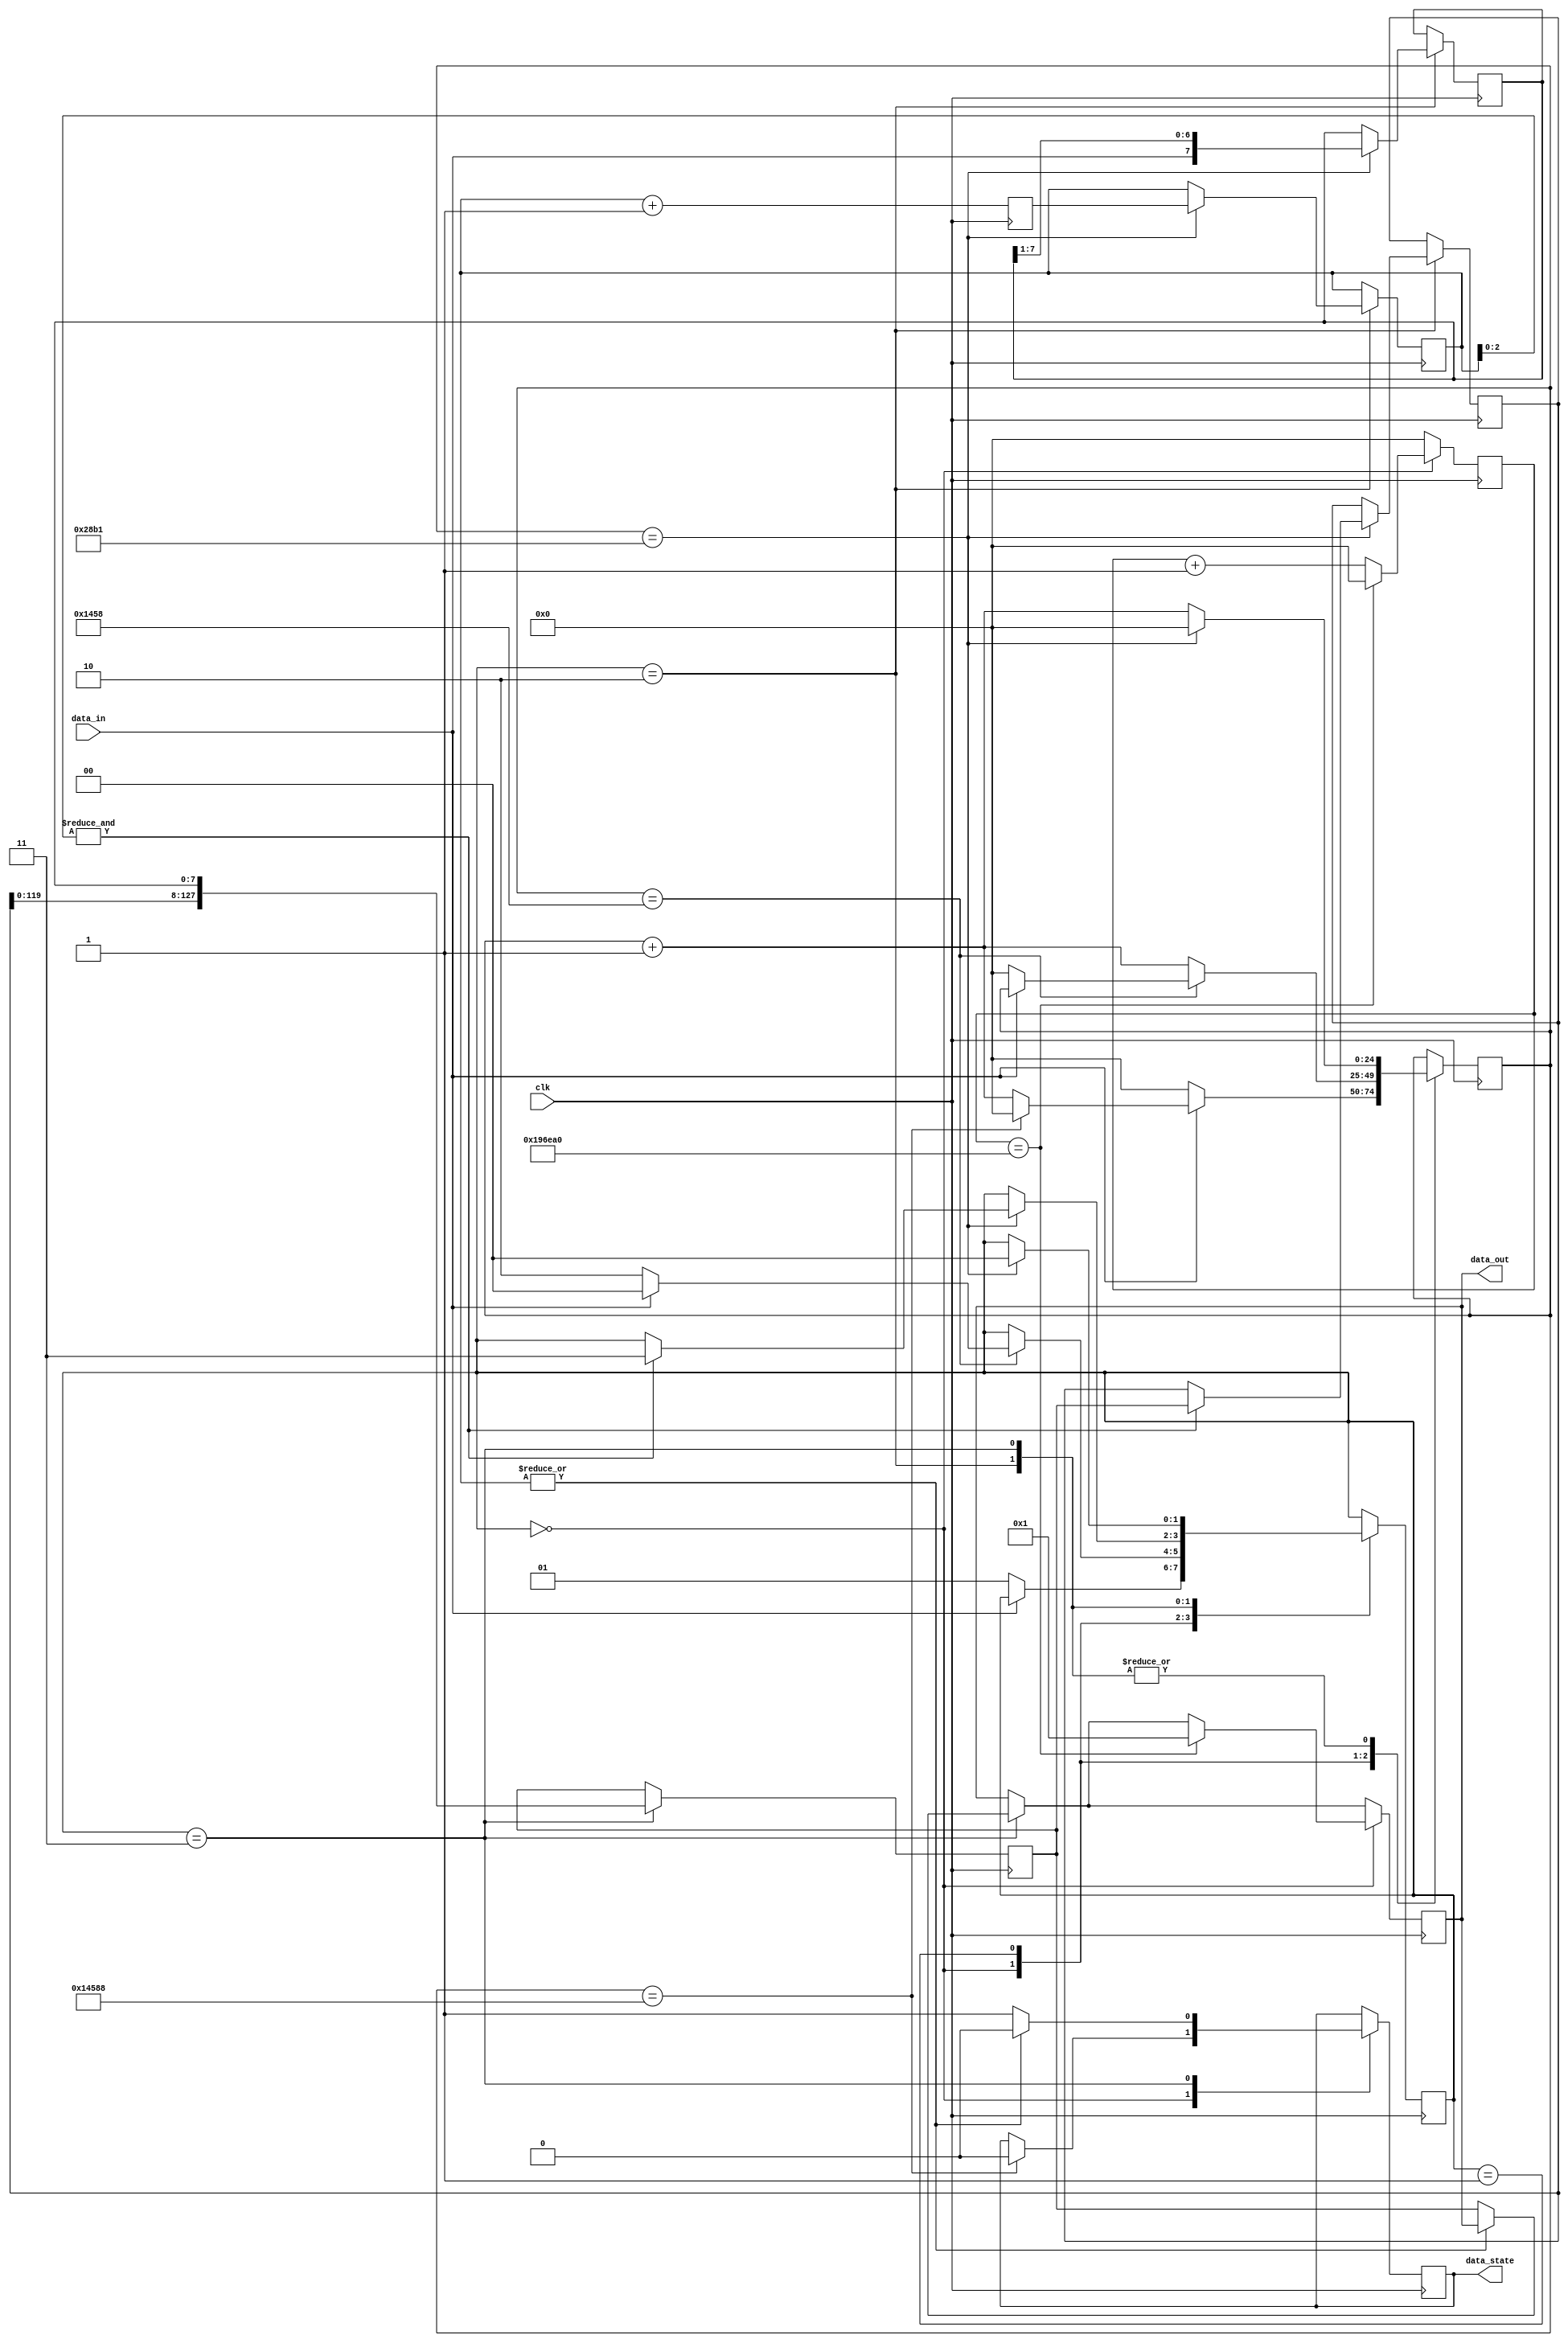
`timescale 1ns / 1ps

module rx(
    clk,//clock of fpga
    data_in,// the reciver pin in fpga
    data_state,
    data_out // the data obtained
    );
input clk,data_in;
output [127:0] data_out;
output  data_state;

//change these to change baud rate
parameter clock_speed=100000000;//speed of the FPGA clock
parameter baud_rate=9600;//the number of bits you need per second
parameter clock_per_bit=10417;// number of clock cycles your hardware can afford per bit


//states
reg[1:0] state=2'b0;//STATES
localparam init=2'd0,start=2'd1,readdata=2'd2,stop=2'd3;//states

//registers
reg[24:0] clock_counter=24'b0;//counts how many clock cycles passed
reg[24:0] temp_clock_counter=24'b0;//counts how many clock cycles passed
reg[7:0] output_array=8'b0;//stores the recieved bits
reg[6:0] no_data_recieved=7'b0,temp_no_data_recieved=3'b0;//counts how many data bits recieved
reg[127:0] temp_temp_data_out=128'b0,temp_data_out=128'b0,data_out128=128'b1;//holds 128 bit data

reg temp_data_state=0;
reg [18:0] data_state_counter=0;

always@(posedge clk) begin
case (state)
//stays in idle state
init:
    begin
    if (clock_counter==clock_per_bit<<3)
    begin
    temp_data_state<=1'b0;  
    clock_counter<=0;
    end
    else
    begin
        
        clock_counter<=clock_counter+1;
    end
 
    if(data_in==0)//check for the first 0
    begin
        clock_counter<=0;
        state<=start;//goto next state
    end  
    end
//starts when first 0 is recieved
start:
    begin

    if(clock_counter==(clock_per_bit>>1))// check if half the clock cycles assignes has passed
    begin
        if(data_in==0)//if the input is still 0 or not
        begin
            clock_counter<=0;//reset clock
            state<=readdata;//go to next state
        end
        else
        begin
            state<=init;//else go to the first state
        end      
    end
    else
    begin
        clock_counter<=clock_counter+1;//count to wait the required clock cycles
    
    end
    end
//starts to read data until 8 datas  points are obtained
readdata:
    begin
    if(clock_counter==clock_per_bit)
        begin
            clock_counter<=0;
            output_array<={data_in,output_array[7:1]};// assign the input data
            //uart offers mirror image of data, the trick above helps us to recreate the original data
            no_data_recieved<=temp_no_data_recieved;//counts the total data recieved
            if (&no_data_recieved[2:0])//check if data recieved is seven or not
            begin
                clock_counter<=0;//clears clock
                temp_temp_data_out<=temp_data_out;//calculates once 8 bit data is recieved
                state<=stop;//proceeds to next state
            end
        end
    else
        begin
        clock_counter<=clock_counter+1;//counts till required clock time
        end    
    end
//once 8 bit data are obtained rests until the last enter data settles    
stop:
    begin  
    if(~(|no_data_recieved[6:0]))//7 times 8 bit data is input
        begin
        temp_data_state<=1'b1;            
        end 
    else
        begin
        temp_data_state<=1'b0;   
        end
        
    if(clock_counter==clock_per_bit)//the 10 is used as temporary wait time to proceed to next input
    begin
         clock_counter<=0;//resets clock

        state<=init;//goes to sleep state and awakes if the next input is 0
    end
    else
    begin
    clock_counter<=clock_counter+1;//counts clock cycles
    end
    
    end
//default
default:
    state<=init;
endcase
end
//happens every clock cycles
always@(posedge clk) 
    begin
    temp_no_data_recieved<=no_data_recieved+1;//increments the data collected
    

    if (state==stop)
        begin
        temp_data_out<={temp_temp_data_out[119:0],output_array};//at stop state assignes the collected seven bit data else continues to carry its previoud value

        if(~(|no_data_recieved[6:0]))//7 times 8 bit data is input
            begin
            data_out128<=temp_data_out;//output data
          
            end
        end
  
    if (state==init)
    begin
        if(temp_clock_counter==clock_per_bit*160)
        begin
            data_out128<=128'b1; 
            temp_clock_counter<=0;
        end
        else
        begin
            temp_clock_counter<=temp_clock_counter+1;
        end   
    end
    else
        begin
            temp_clock_counter<=0;
        end
           
end
assign data_state=temp_data_state;
assign data_out=data_out128;

endmodule